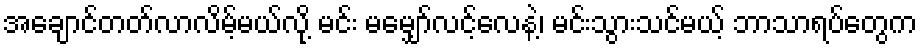
အချောင်တတ်လာလိမ့်မယ်လို့ မင်း မမျှော်လင့်လေနဲ့၊ မင်းသွားသင်မယ့် ဘာသာရပ်တွေက